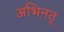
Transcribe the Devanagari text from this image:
अभिनत्